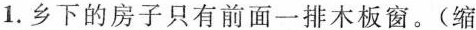
1.乡下的房子只有前面一排木板窗。(缩